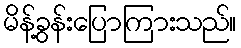
မိန့်ခွန်းပြောကြားသည်။